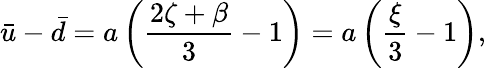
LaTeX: \bar{u}-\bar{d}=a\left(\frac{2\zeta+\beta}{3}-1\right)=a\left(\frac{\xi}{3}-1\right),